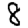
Digit: 8